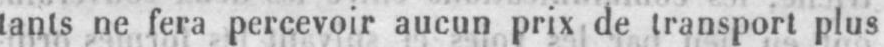
tants ne fera percevoir aucun prix de transport plus